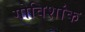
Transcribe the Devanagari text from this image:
गोविशांक